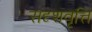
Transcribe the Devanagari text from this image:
सदृशवृत्ति